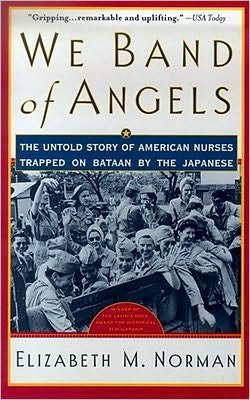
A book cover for We Band of Angels: The Untold Story of American Nurses Trapped on Bataan by the Japanese by Norman, Elizabeth M. published by Atria Books (2000); Elizabeth Norman; History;